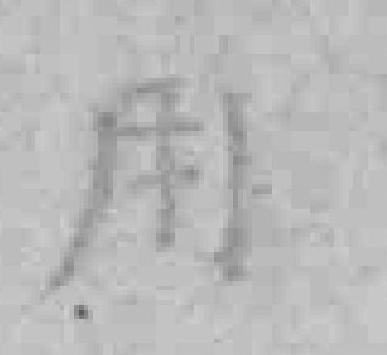
用